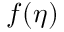
f ( \eta )